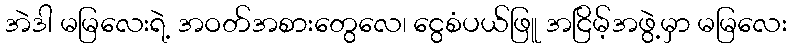
အဲဒါ မမြလေးရဲ့ အဝတ်အစားတွေလေ၊ ငွေစံပယ်ဖြူ အငြိမ့်အဖွဲ့မှာ မမြလေး